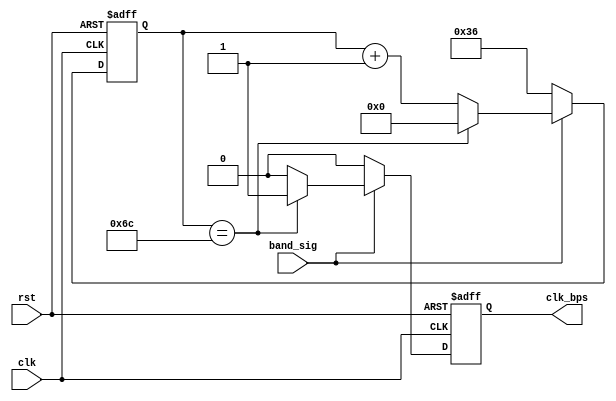
`timescale 1ns / 1ps

module uart_rx_band_gen(
    input clk,
    input rst,
    input band_sig,
    output reg clk_bps
    );
    
    /////////////////////
    parameter SYS_RATE = 100000000;
    parameter BAND_RATE = 921600;
    parameter CNT_BAND = SYS_RATE / BAND_RATE;
    parameter HALF_CNT_BAND = CNT_BAND / 2;
    /////////////////////
    
    reg [13:0]cnt_bps;
    always @( posedge clk or posedge rst )
        if( rst )
        begin
            cnt_bps <= HALF_CNT_BAND;
            clk_bps <= 1'b0;
        end
        else if( !band_sig )
        begin
            cnt_bps <= HALF_CNT_BAND;
            clk_bps <= 1'b0;
        end
        else if( cnt_bps == CNT_BAND )
        begin
            cnt_bps <= 14'd0;
            clk_bps <= 1'b1;
        end
        else 
        begin
            cnt_bps <= cnt_bps + 1'b1;
            clk_bps <= 1'b0;
        end    
endmodule